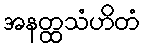
အနတ္ထသံဟိတံ